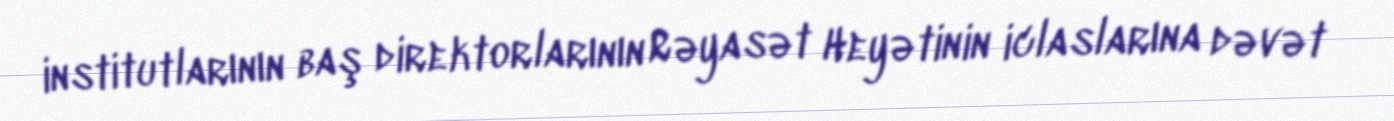
institutlarının baş direktorlarının Rəyasət Heyətinin iclaslarına dəvət